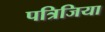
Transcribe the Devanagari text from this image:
पत्रिजिया